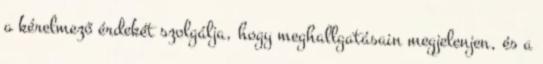
a kérelmező érdekét szolgálja, hogy meghallgatásain megjelenjen, és a